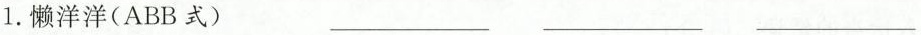
1.懒洋洋（ABB式）___ ___ ___